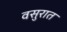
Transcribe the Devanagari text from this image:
वसुरात